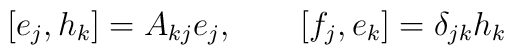
\left[ e_j,h_k \right]=A_{kj}e_j,\qquad \left[ f_j,e_k	\right]=\delta _{jk}h_k